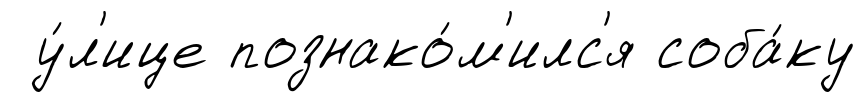
у́л'ице познако́м'илс'я соба́ку